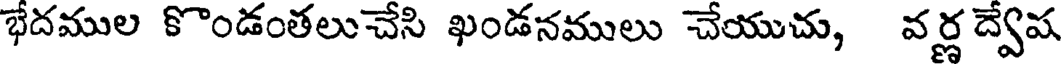
భేదముల కొండంతలుచేసి ఖండనములు చేయుచు, వర్ణ ద్వేష